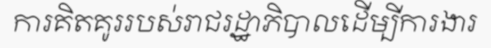
ការគិតគូររបស់រាជរដ្ឋាភិបាលដើម្បីការងារ